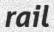
rail